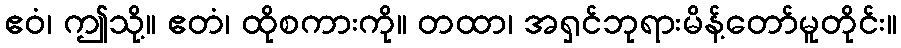
ဧဝံ၊ ဤသို့။ ဧတံ၊ ထိုစကားကို။ တထာ၊ အရှင်ဘုရားမိန့်တော်မူတိုင်း။